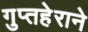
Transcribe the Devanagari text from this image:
गुप्तहेराने